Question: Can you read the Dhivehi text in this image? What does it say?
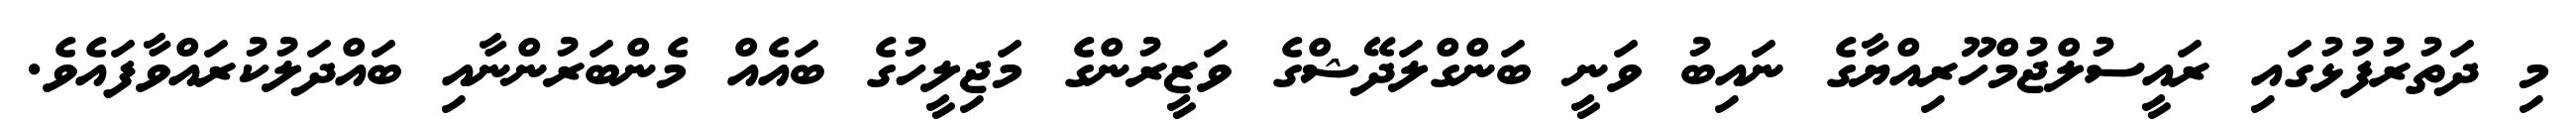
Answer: މި ދަތުރުފުޅުގައި ރައީސުލްޖުމްހޫރިއްޔާގެ ނައިބު ވަނީ ބަންގްލަދޭޝްގެ ވަޒީރުންގެ މަޖިލީހުގެ ބައެއް މެންބަރުންނާއި ބައްދަލުކުރައްވާފައެވެ.